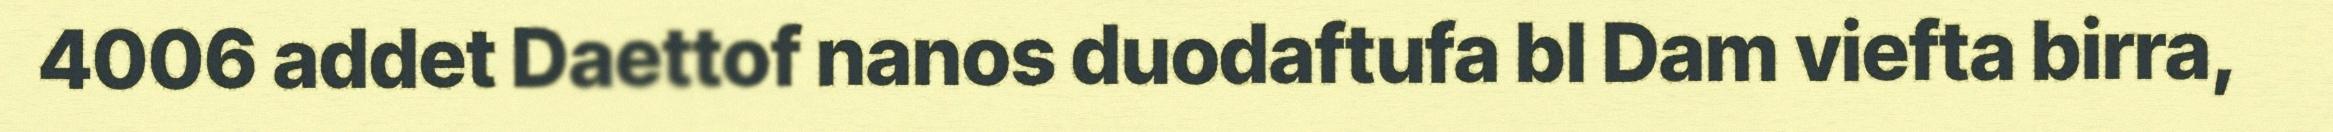
4006 addet Daettof nanos duodaftufa bl Dam viefta birra,